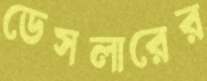
ডেসলারের